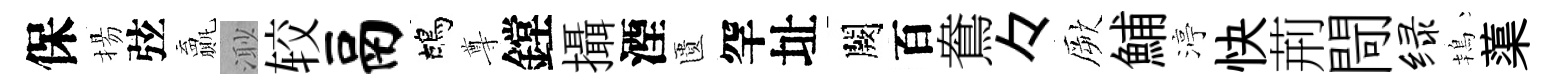
保揚弦贏𣺌较鬲鴣尊鏜攝湮匱罕址闕百鴦々厥鯆渟快荊閜绿鴇蕖